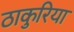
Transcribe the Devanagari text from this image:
ठाकुरिया